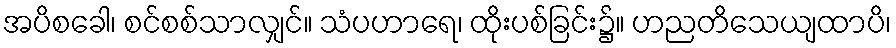
အပိစခေါ၊ စင်စစ်သာလျှင်။ သံပဟာရေ၊ ထိုးပစ်ခြင်း၌။ ဟညတိသေယျထာပိ၊